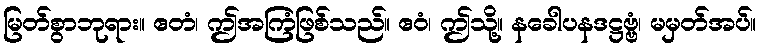
မြတ်စွာဘုရား။ ဧတံ၊ ဤအကြံဖြစ်သည်။ ဧဝံ၊ ဤသို့။ နခေါပနဒဋ္ဌဗ္ဗံ၊ မမှတ်အပ်။